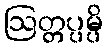
ဩတ္တပ္ပမ္ပိ